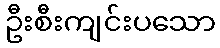
ဦးစီးကျင်းပသော